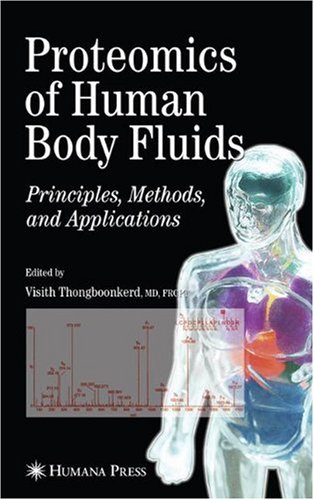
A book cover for Proteomics of Human Body Fluids: Principles, Methods, and Applications; Medical Books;